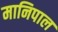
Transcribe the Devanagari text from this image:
मानिपाल